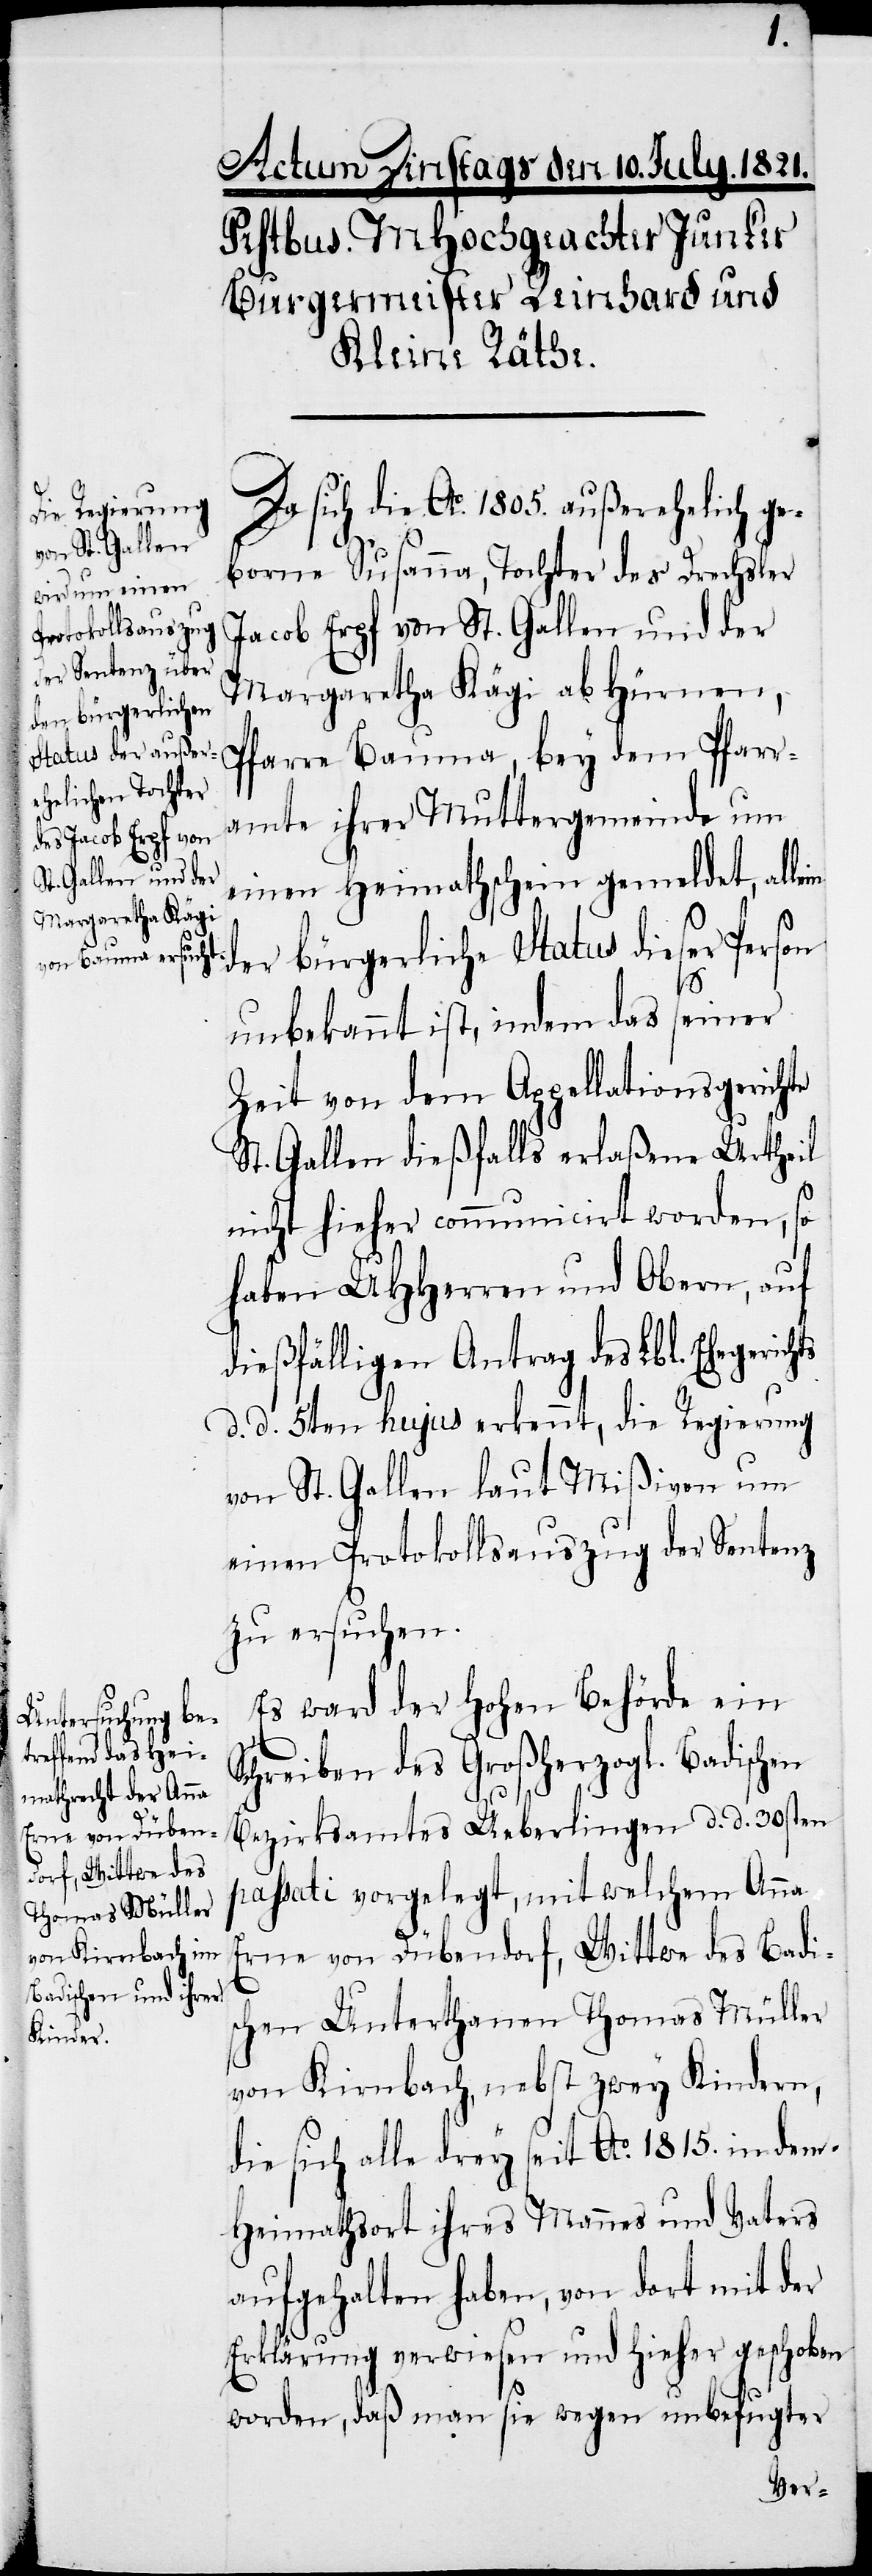
Da sich die Ao. 1805. außerehelich ge¬
borene Susanna, Tochter des Drechsler
Jacob Erpf von St. Gallen und der
Margaretha Kägi ab Hürnen,
Pfarre Bauma, bey dem Pfarr¬
amte ihrer Muttergemeinde um
einen Heimathschein gemeldet, alle¬
der bürgerliche Status dieser Person
hts
seiner
unbekannt ist, indem das
Zeit von dem Appellationsgerichte
St. Gallen dießfalls erlaßene Urtheil
nicht hieher communicirt worden, so
haben UHHerren und Obern, auf
dießfälligen Antrag des Lbl. Ehegeric¬
d. d. 5ten hujus erkennt, die Regierung
von St. Gallen laut Mißiven um
einen Protokollsauszug der Sentenz
zu ersuchen.
Es ward der hohen Behörde ein
Schreiben des Großherzogl. Badischen
Bezirksamtes Ueberlingen d. d. 30sten
passati vorgelegt, mit welchem Anna
Erne von Dübendorf, Wittwe des Badis¬
chen Unterthanen Thomas Müller
von Kirnbach, nebst zwey Kindern,
die sich alle drey seit Ao. 1815. in dem
Heimathsort ihres Mannes und Vaters
aufgehalten haben, von dort mit der
Erklärung verwiesen und hieher geschoben
worden, daß man sie wegen unbefugter